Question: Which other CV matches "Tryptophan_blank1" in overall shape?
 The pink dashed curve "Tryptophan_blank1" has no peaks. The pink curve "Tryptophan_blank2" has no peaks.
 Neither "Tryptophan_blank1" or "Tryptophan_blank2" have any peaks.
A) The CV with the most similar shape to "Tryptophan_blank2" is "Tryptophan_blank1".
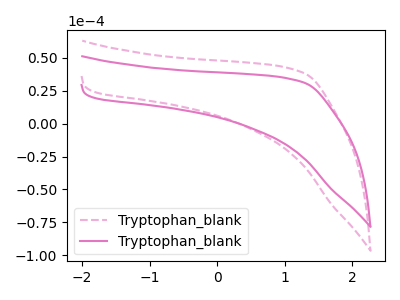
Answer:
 <answer>A) The CV with the most similar shape to "Tryptophan_blank2" is "Tryptophan_blank1".</answer>
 <eval>A</eval>